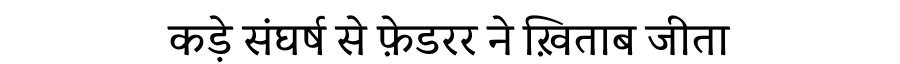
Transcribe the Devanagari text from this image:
कड़े संघर्ष से फ़ेडरर ने ख़िताब जीता